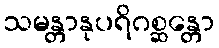
သမန္တာနုပရိဂစ္ဆန္တော